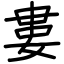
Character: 婁